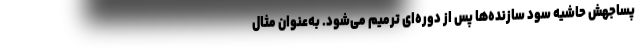
پساجهش حاشیه سود سازنده‌ها پس از دوره‌ای ترمیم می‌شود. به‌عنوان مثال